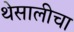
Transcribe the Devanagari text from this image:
थेसालीचा